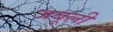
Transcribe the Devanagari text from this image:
जबूली